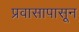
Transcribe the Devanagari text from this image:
प्रवासापासून